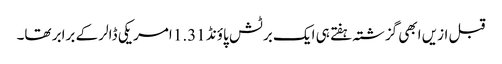
قبل ازیں ابھی گزشتہ ہفتے ہی ایک برٹش پاؤنڈ 1.31 امریکی ڈالر کے برابر تھا۔